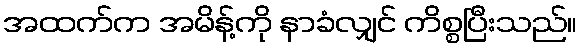
အထက်က အမိန့်ကို နာခံလျှင် ကိစ္စပြီးသည်။